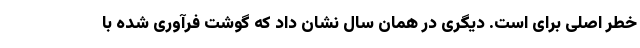
خطر اصلی برای است. دیگری در همان سال نشان داد که گوشت فرآوری شده با